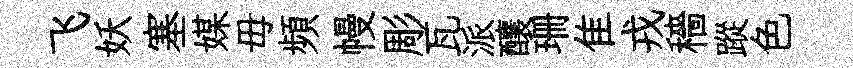
飞妖塞媒毋頻幔彫瓦派釀珊隹戎穡蹤色